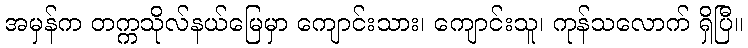
အမှန်က တက္ကသိုလ်နယ်မြေမှာ ကျောင်းသား၊ ကျောင်းသူ၊ ကုန်သလောက် ရှိပြီ။